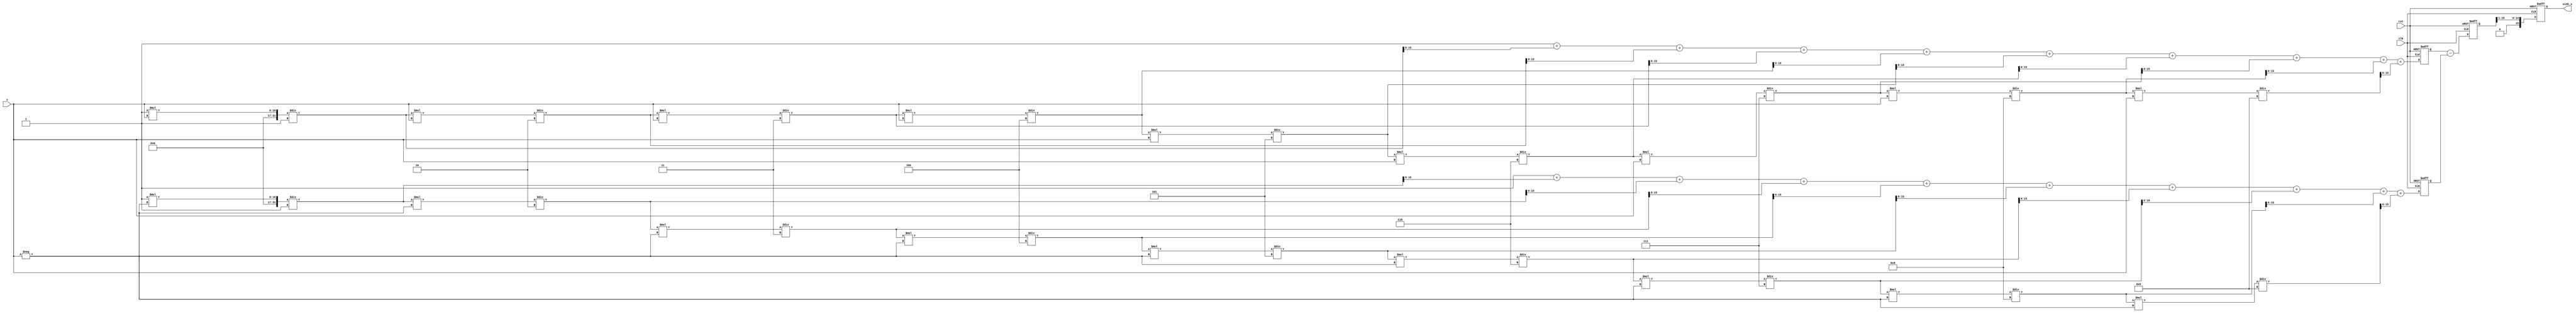
module sinh_arithmetic_block (
    input  wire [15:0] x,          // Input value (fixed-point representation)
    output reg  [15:0] sinh_x,      // Output value of sinh(x)
    input  wire clk,                 // Clock signal
    input  wire rst                  // Reset signal
);

    reg [15:0] exp_x;               // Exponential e^x
    reg [15:0] exp_neg_x;           // Exponential e^(-x)
    reg [15:0] subtraction_result;   // e^x - e^{-x}
    
    // Approximation of exponentials using Taylor series for small values
    function [15:0] exp_approx;
        input [15:0] in;
        reg signed [31:0] term;
        integer i;
        begin
            term = 1; // First term: 1
            exp_approx = term; // Initialize exponent result
            for (i = 1; i < 10; i = i + 1) begin
                term = term * in / i; // Calculate the next term: x^i / i!
                exp_approx = exp_approx + term; // Increment result with next term
            end
        end
    endfunction

    always @(posedge clk or posedge rst) begin
        if (rst) begin
            sinh_x <= 16'b0;
            exp_x <= 16'b0;
            exp_neg_x <= 16'b0;
            subtraction_result <= 16'b0;
        end else begin
            // Step 1: Calculate e^x
            exp_x <= exp_approx(x);
            // Step 2: Calculate e^(-x) using the property e^(-x) = 1/e^x
            exp_neg_x <= exp_approx(-x); // Use the same function for simplicity
            
            // Step 3: Subtract e^(-x) from e^x
            subtraction_result <= exp_x - exp_neg_x;
            
            // Step 4: Divide by 2 to find sinh(x)
            sinh_x <= subtraction_result >> 1; // Division by 2 using right shift
        end
    end

endmodule